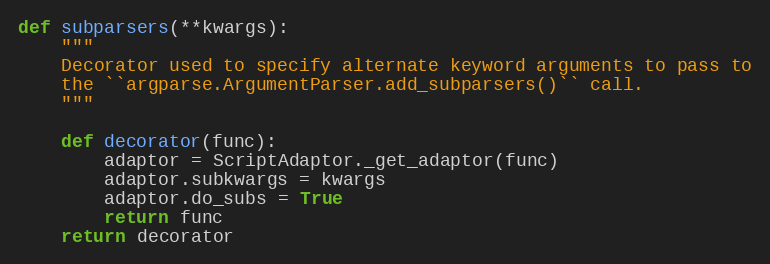
Language: Python
def subparsers(**kwargs):
    """
    Decorator used to specify alternate keyword arguments to pass to
    the ``argparse.ArgumentParser.add_subparsers()`` call.
    """

    def decorator(func):
        adaptor = ScriptAdaptor._get_adaptor(func)
        adaptor.subkwargs = kwargs
        adaptor.do_subs = True
        return func
    return decorator